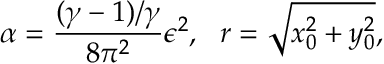
\alpha = \frac { ( \gamma - 1 ) / \gamma } { 8 \pi ^ { 2 } } \mathcal { \epsilon } ^ { 2 } , ~ ~ r = \sqrt { x _ { 0 } ^ { 2 } + y _ { 0 } ^ { 2 } } ,